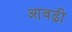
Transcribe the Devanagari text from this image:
आवढी